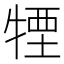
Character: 𤚕